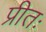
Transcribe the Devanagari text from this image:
प्रीतः